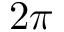
2 \pi